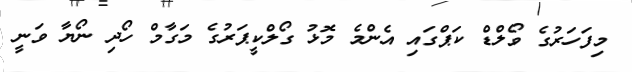
މިފަހަރުގެ ވޯލްޑް ކަޕްގައި އެންމެ މޮޅު ގޯލްކީޕަރުގެ މަގާމް ހޯދި ނޯޔާ ވަނީ